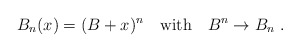
\begin{align*}B_n(x)=(B+x)^n\quad{\rm with}\quad B^n\rightarrow B_n \ .\end{align*}